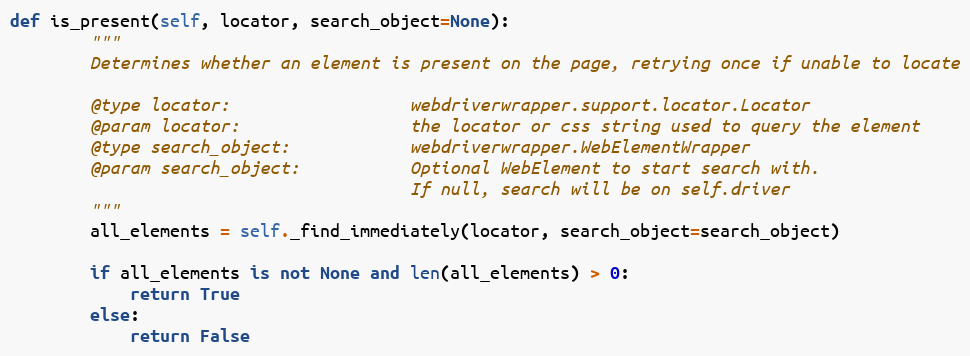
Language: Python
def is_present(self, locator, search_object=None):
        """
        Determines whether an element is present on the page, retrying once if unable to locate

        @type locator:                  webdriverwrapper.support.locator.Locator
        @param locator:                 the locator or css string used to query the element
        @type search_object:            webdriverwrapper.WebElementWrapper
        @param search_object:           Optional WebElement to start search with.
                                        If null, search will be on self.driver
        """
        all_elements = self._find_immediately(locator, search_object=search_object)

        if all_elements is not None and len(all_elements) > 0:
            return True
        else:
            return False